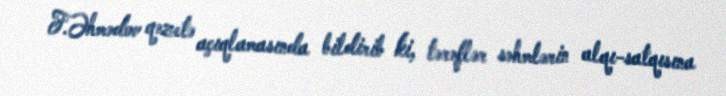
F.Əhmədov qəzetə açıqlamasında bildirib ki, tərəflər səhmlərin alqı-satqısına